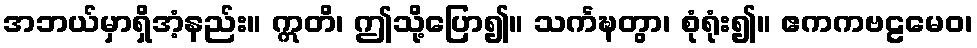
အဘယ်မှာရှိအံ့နည်း။ ဣတိ၊ ဤသို့ပြော၍။ သင်္ကဍ္ဎတွာ၊ စုံရုံး၍။ ဧကကဗဠမေဝ၊